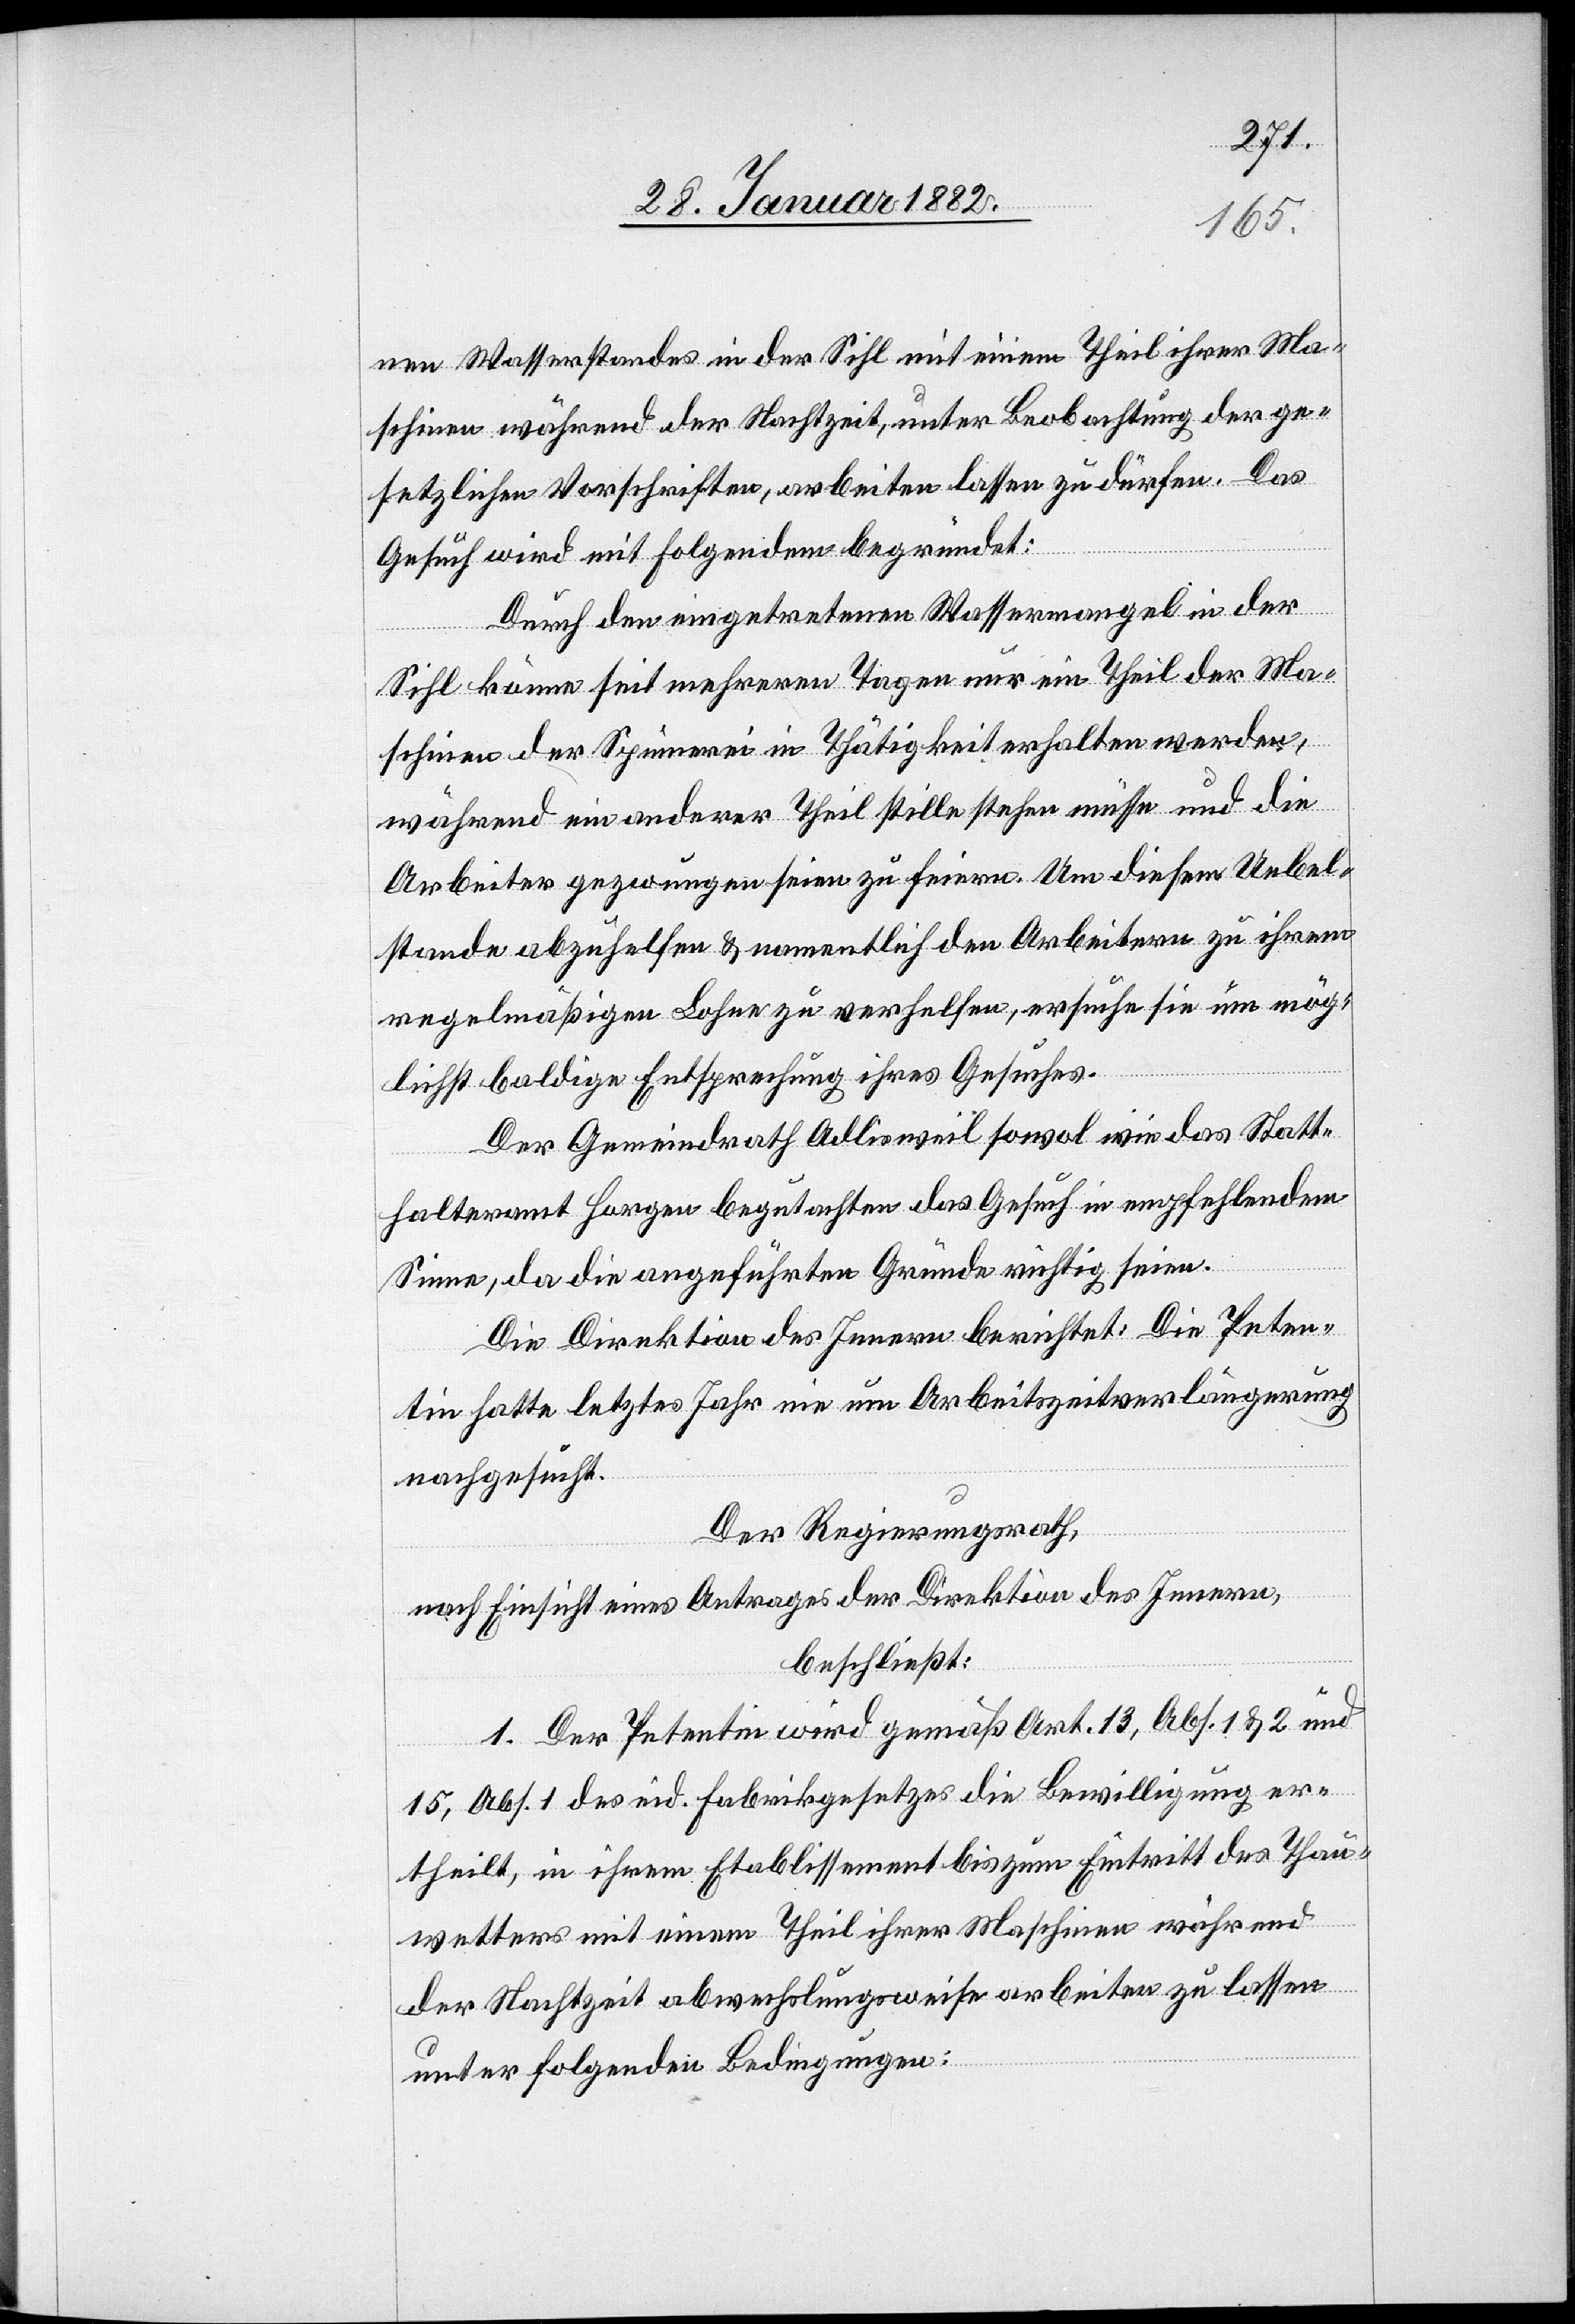
nen Wasserstandes in der Sihl mit einem Theil ihrer Ma¬
schinen während der Nachtzeit, unter Beobachtung der ge¬
setzlichen Vorschriften, arbeiten lassen zu dürfen. Das
Gesuch wird mit folgendem begründet:
Durch den eingetretenen Wassermangel in der
Sihl könne seit mehreren Tagen nur ein Theil der Ma¬
schinen der Spinnerei in Thätigkeit erhalten werden,
währen ein anderer Theil still stehen müsse und die
Arbeiter gezwungen seien zu feiern. Um diesem Uebel¬
stande abzuhelfen & namentlich den Arbeitern zu ihrem
regelmäßigen Lohne zu verhelfen, ersuche sie um mög¬
lichst baldige Entsprechung ihres Gesuches.
Der Gemeindrath Adlisweil sowol wie das Statt¬
halteramt Horgen begutachten das Gesuch im empfehlendem
Sinne, da die angeführten Gründe richtig seien.
Die Direktion des Innern berichtet: Die Peten¬
tin hatte letztes Jahr nie um Arbeitszeitverlängerung
nachgesucht.
Der Regierungsrath,
nach Einsicht eines Antrages der Direktion des Innern,
beschließt:
1. Der Petentin wird gemäß Art. 13, Abs. 1 & 2 und
15, Abs. 1 des eid. Fabrikgesetzes die Bewilligung er¬
theilt, in ihrem Etablissement bis zum Eintritt des Thau¬
wetters mit einem Theil ihrer Maschinen während
der Nachtzeit abwechslungsweise arbeiten zu lassen
unter folgenden Bedingungen: